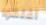
أغلقوا